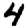
Digit: 4